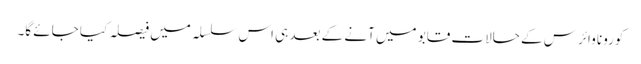
کورونا وائرس کے حالات قابو میں آنے کے بعد ہی اس سلسلہ میں فیصلہ کیا جائے گا۔